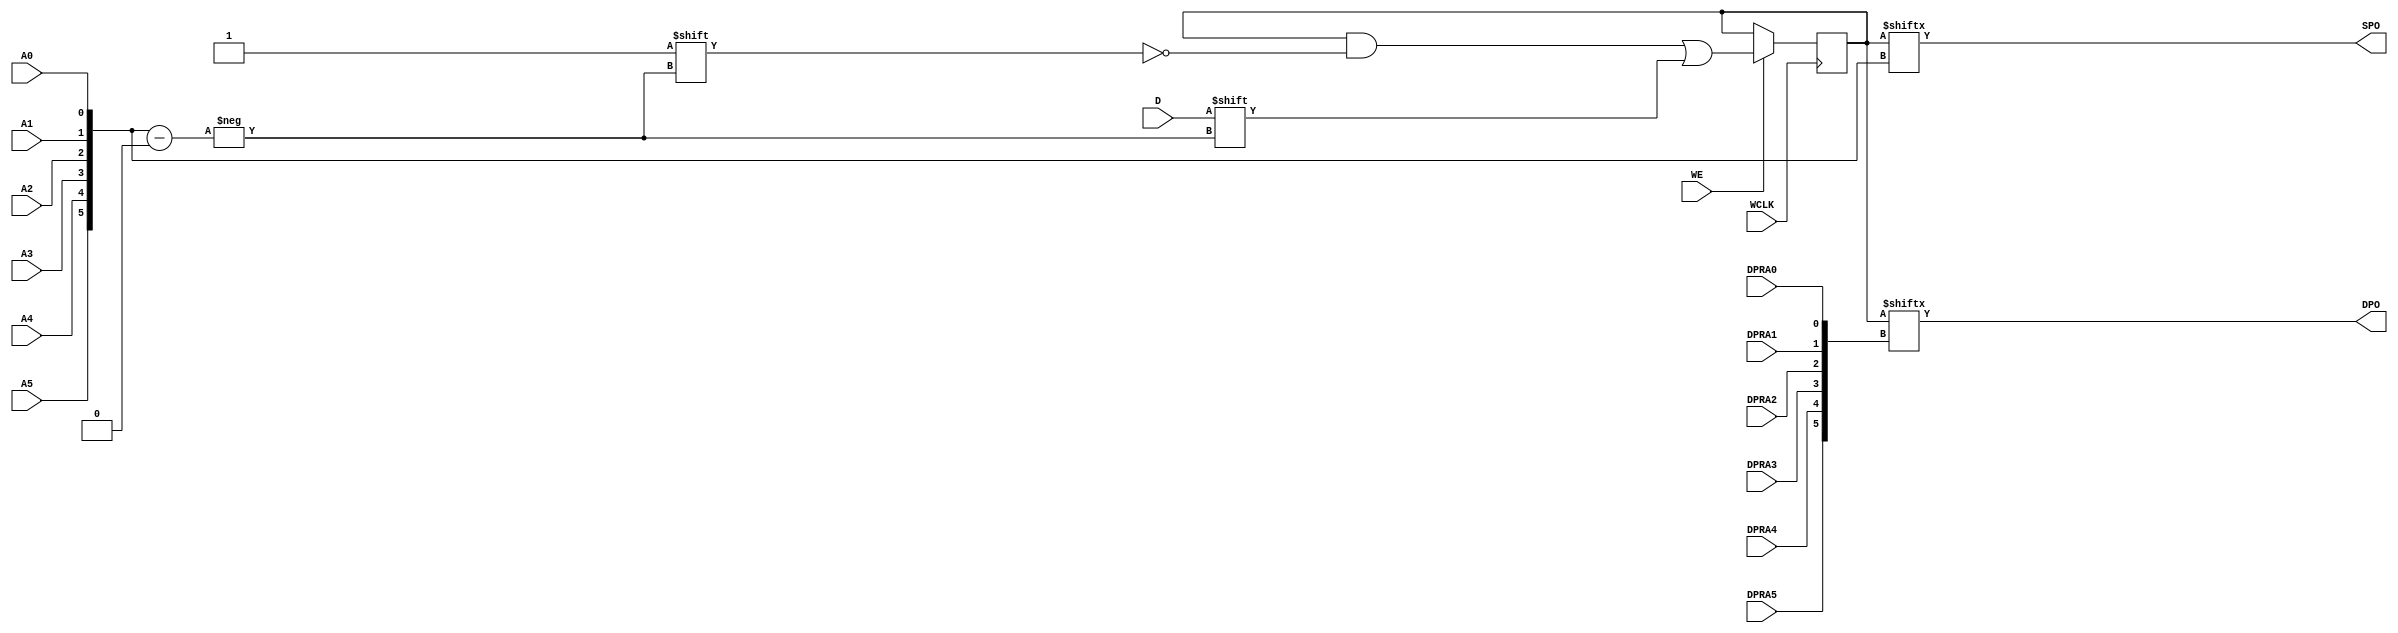
module RAM64X1D_1 (
  output DPO, SPO,
  input  D,
  (* clkbuf_sink *)
  (* invertible_pin = "IS_WCLK_INVERTED" *)
  input  WCLK,
  input  WE,
  input  A0, A1, A2, A3, A4, A5,
  input  DPRA0, DPRA1, DPRA2, DPRA3, DPRA4, DPRA5
);
  parameter INIT = 64'h0;
  parameter IS_WCLK_INVERTED = 1'b0;
  wire [5:0] a = {A5, A4, A3, A2, A1, A0};
  wire [5:0] dpra = {DPRA5, DPRA4, DPRA3, DPRA2, DPRA1, DPRA0};
  reg [63:0] mem = INIT;
  assign SPO = mem[a];
  assign DPO = mem[dpra];
  wire clk = WCLK ^ IS_WCLK_INVERTED;
  always @(negedge clk) if (WE) mem[a] <= D;
  specify
    // Max delay from: https://github.com/SymbiFlow/prjxray-db/blob/31f51ac5ec7448dd6f79a8267f147123e4413c21/artix7/timings/CLBLM_R.sdf#L986
    $setup(D , negedge WCLK &&& WE, 453);
    // Max delay from: https://github.com/SymbiFlow/prjxray-db/blob/31f51ac5ec7448dd6f79a8267f147123e4413c21/artix7/timings/CLBLM_R.sdf#L834
    $setup(WE, negedge WCLK, 654);
    // Max delay from: https://github.com/SymbiFlow/prjxray-db/blob/31f51ac5ec7448dd6f79a8267f147123e4413c21/artix7/timings/CLBLM_R.sdf#L828
    $setup(A0, negedge WCLK &&& WE, 362);
    // Max delay from: https://github.com/SymbiFlow/prjxray-db/blob/31f51ac5ec7448dd6f79a8267f147123e4413c21/artix7/timings/CLBLM_R.sdf#L826
    $setup(A1, negedge WCLK &&& WE, 245);
    // Max delay from: https://github.com/SymbiFlow/prjxray-db/blob/31f51ac5ec7448dd6f79a8267f147123e4413c21/artix7/timings/CLBLM_R.sdf#L824
    $setup(A2, negedge WCLK &&& WE, 208);
    // Max delay from: https://github.com/SymbiFlow/prjxray-db/blob/31f51ac5ec7448dd6f79a8267f147123e4413c21/artix7/timings/CLBLM_R.sdf#L822
    $setup(A3, negedge WCLK &&& WE, 147);
    // Max delay from: https://github.com/SymbiFlow/prjxray-db/blob/31f51ac5ec7448dd6f79a8267f147123e4413c21/artix7/timings/CLBLM_R.sdf#L820
    $setup(A4, negedge WCLK &&& WE, 68);
    // Max delay from: https://github.com/SymbiFlow/prjxray-db/blob/31f51ac5ec7448dd6f79a8267f147123e4413c21/artix7/timings/CLBLM_R.sdf#L818
    $setup(A5, negedge WCLK &&& WE, 66);
    // Max delay from: https://github.com/SymbiFlow/prjxray-db/blob/31f51ac5ec7448dd6f79a8267f147123e4413c21/artix7/timings/CLBLM_R.sdf#L981
    if (WE) (negedge WCLK => (SPO : D))    = 1153;
    if (WE) (negedge WCLK => (DPO : 1'bx)) = 1153;
    (A0 => SPO) = 642; (DPRA0 => DPO) = 642;
    (A1 => SPO) = 632; (DPRA1 => DPO) = 631;
    (A2 => SPO) = 472; (DPRA2 => DPO) = 472;
    (A3 => SPO) = 407; (DPRA3 => DPO) = 407;
    (A4 => SPO) = 238; (DPRA4 => DPO) = 238;
    (A5 => SPO) = 127; (DPRA5 => DPO) = 127;
  endspecify
endmodule